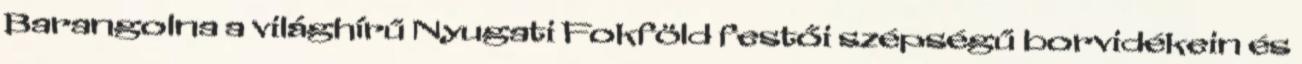
Barangolna a világhírű Nyugati Fokföld festői szépségű borvidékein és